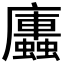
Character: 𭚏